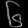
Digit: ၆